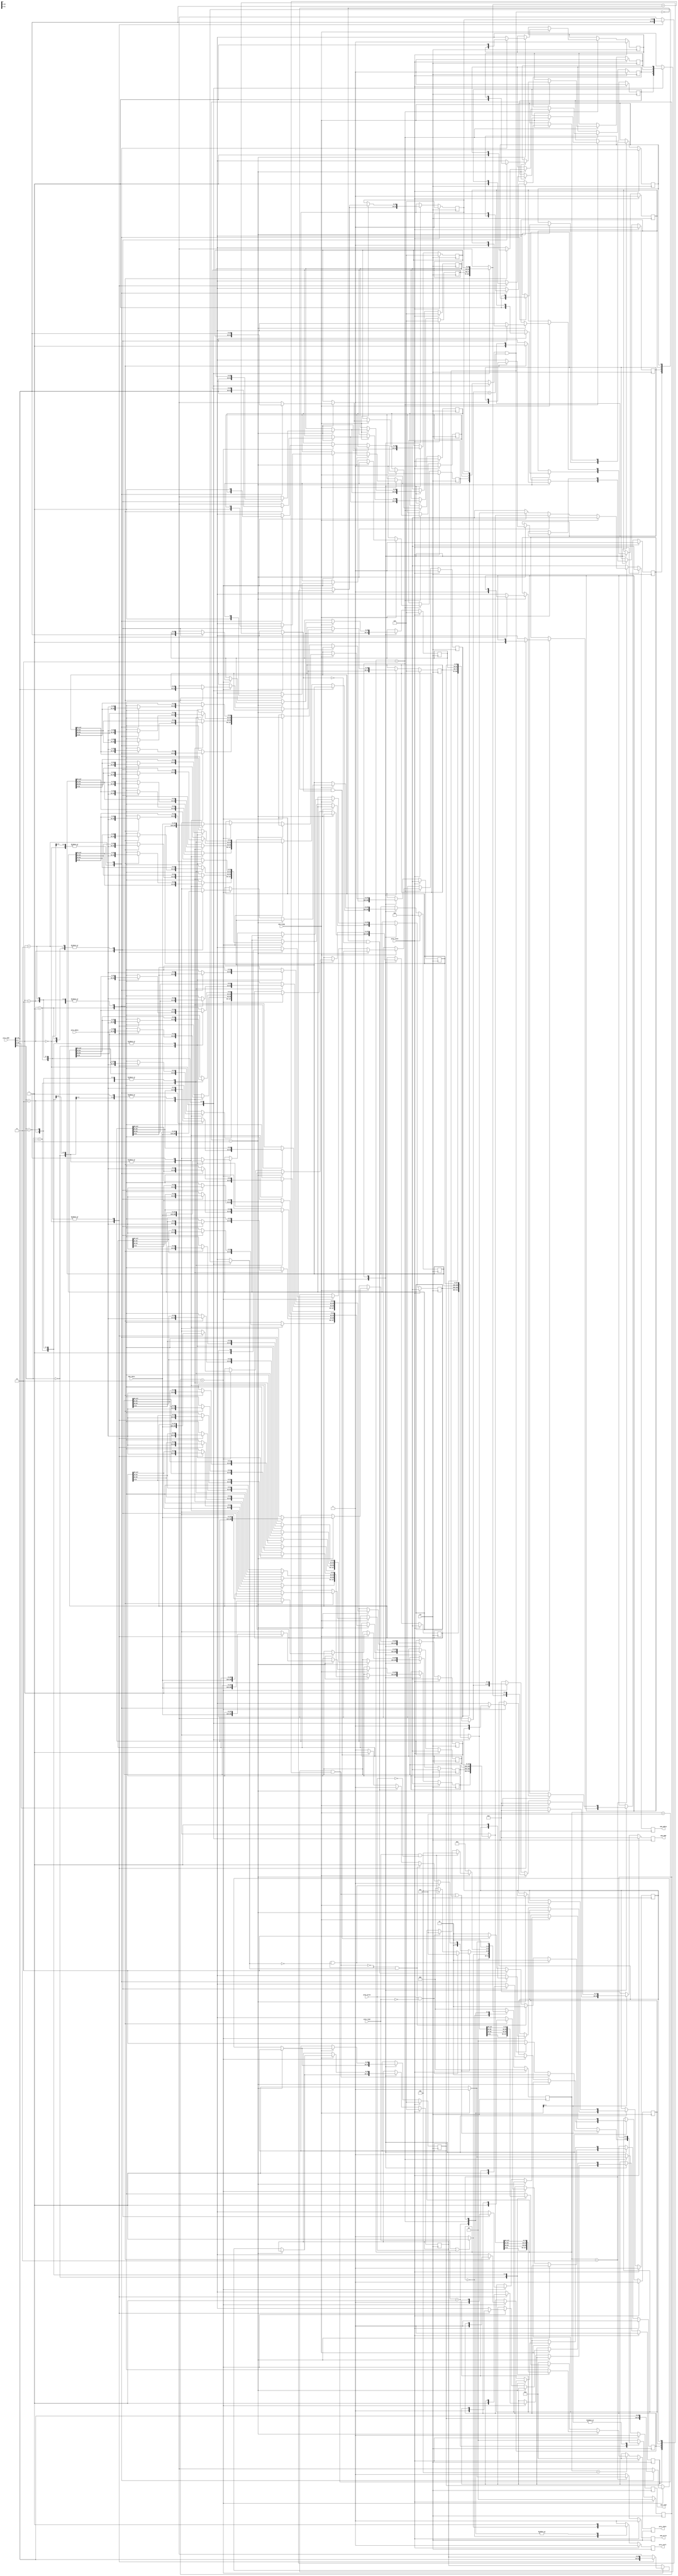
module cache(
    clk,
    proc_reset,
    proc_read,
    proc_write,
    proc_addr,
    proc_rdata,
    proc_wdata,
    proc_stall,
    mem_read,
    mem_write,
    mem_addr,
    mem_rdata,
    mem_wdata,
    mem_ready
);
    
//==== input/output definition ============================
    input          clk;
    // processor interface
    input          proc_reset;
    input          proc_read, proc_write;
    input   [29:0] proc_addr;
    input   [31:0] proc_wdata;
    output         proc_stall;
    output  [31:0] proc_rdata;
    // memory interface
    input  [127:0] mem_rdata;
    input          mem_ready;
    output         mem_read, mem_write;
    output  [27:0] mem_addr;
    output [127:0] mem_wdata;

//==== parameters =========================================

    parameter WORDLEN = 32;
    parameter BLOCKNUM = 4;
    parameter TAGLEN = 26;

    parameter NONE = 2'd0;
    parameter ONE = 2'd1;
    parameter TWO = 2'd2;

    parameter IDLE = 3'd0;
    parameter COMPARE = 3'd1;
    parameter ALLOCATE = 3'd2;
    parameter WRITEBACK = 3'd3;
    parameter READ = 3'd4;
    parameter WRITE = 3'd5;
    
//==== wire/reg definition ================================
    
    /// internal FF
    // state
    reg     [2:0]   state, state_nxt;
    reg     [1:0]   set, set_nxt;
    // cache 1
    reg     [WORDLEN*4-1:0] cch1        [0:BLOCKNUM-1];
    reg     [WORDLEN*4-1:0] cch1_nxt    [0:BLOCKNUM-1];
    reg     [TAGLEN-1:0]    tag1        [0:BLOCKNUM-1];
    reg     [TAGLEN-1:0]    tag1_nxt    [0:BLOCKNUM-1];
    reg     valid1      [0:BLOCKNUM-1];
    reg     valid1_nxt  [0:BLOCKNUM-1];
    reg     dirty1      [0:BLOCKNUM-1];
    reg     dirty1_nxt  [0:BLOCKNUM-1];
    // cache 1
    reg     [WORDLEN*4-1:0] cch2        [0:BLOCKNUM-1];
    reg     [WORDLEN*4-1:0] cch2_nxt    [0:BLOCKNUM-1];
    reg     [TAGLEN-1:0]    tag2        [0:BLOCKNUM-1];
    reg     [TAGLEN-1:0]    tag2_nxt    [0:BLOCKNUM-1];
    reg     valid2      [0:BLOCKNUM-1];
    reg     valid2_nxt  [0:BLOCKNUM-1];
    reg     dirty2      [0:BLOCKNUM-1];
    reg     dirty2_nxt  [0:BLOCKNUM-1];

    /// output FF
    reg     proc_stall, proc_stall_nxt;
    reg     [31:0]  proc_rdata, proc_rdata_nxt;
    reg     mem_read, mem_read_nxt;
    reg     mem_write, mem_write_nxt;
    reg     [27:0]  mem_addr, mem_addr_nxt;
    reg     [127:0] mem_wdata, mem_wdata_nxt;

    wire    [1:0]   block_now;
    wire    [25:0]  tag_now;
    wire    [1:0]   word_idx;
    wire    hit1;
    wire    hit2;
    wire    miss1_clean;
    wire    miss1_dirty;
    wire    miss2_clean;
    wire    miss2_dirty;
    wire    hit;
    wire    miss;

    integer i;

//==== combinational circuit ==============================

assign block_now = proc_addr[3:2];
assign tag_now = proc_addr[29:4];
assign word_idx = proc_addr[1:0];

assign hit1 = (valid1[block_now]) && (tag1[block_now] == tag_now);
assign hit2 = (valid2[block_now]) && (tag2[block_now] == tag_now);
assign miss1_clean = ~hit1 && ~dirty1[block_now];
assign miss2_clean = ~hit2 && ~dirty2[block_now];
assign miss1_dirty = ~hit1 && dirty1[block_now];
assign miss2_dirty = ~hit2 && dirty2[block_now];
assign hit = hit1 || hit2;
assign miss = ~hit;

always @(*) begin // FSM
    state_nxt = state;
    set_nxt = NONE;
    proc_stall_nxt = 0;
    case (state)
        IDLE: begin
            //$display("idle");
            if (proc_read || proc_write) begin
                state_nxt = COMPARE;
                proc_stall_nxt = 1;
                set_nxt = NONE;
            end
            else begin
                state_nxt = IDLE;
                proc_stall_nxt = 0;
                set_nxt = NONE;
            end
        end 
        COMPARE: begin
            //$display("compare");
            proc_stall_nxt = 1;
            if (hit) begin
                if (proc_write && ~proc_read) begin
                    state_nxt = WRITE;
                end
                else if (proc_read && ~proc_write) begin
                    state_nxt = READ;
                end
                else state_nxt = IDLE;

                if (hit1) begin
                    set_nxt = ONE;
                end
                else if (hit2) begin
                    set_nxt = TWO;
                end
                else set_nxt = NONE;
            end
            else begin
                if (miss1_clean) begin
                    state_nxt = ALLOCATE;
                    set_nxt = ONE;
                end
                else if (miss1_dirty) begin
                    state_nxt = WRITEBACK;
                    set_nxt = ONE;
                end
                else if (miss2_clean) begin
                    state_nxt = ALLOCATE;
                    set_nxt = TWO;
                end
                else if (miss2_dirty) begin
                    state_nxt = WRITEBACK;
                    set_nxt = TWO;
                end
                else begin
                    state_nxt = ALLOCATE;
                    set_nxt = ONE;
                end
            end
        end
        READ: begin
            //$display("read");
            state_nxt = IDLE;
            proc_stall_nxt = 0;
            set_nxt = NONE;
        end
        WRITE: begin
            //$display("write");
            state_nxt = IDLE;
            proc_stall_nxt = 0;
            set_nxt = NONE;
        end
        ALLOCATE: begin
            //$display("allocate");
            proc_stall_nxt = 1;
            set_nxt = set;
            if (mem_ready) begin
                if(proc_read && ~proc_write) begin
                    state_nxt = READ;
                end
                else if (proc_write && ~proc_read) begin
                    state_nxt = WRITE;
                end
            end
            else begin
                state_nxt = ALLOCATE;
            end
        end
        WRITEBACK: begin
            //$display("writeback");
            proc_stall_nxt = 1;
            set_nxt = set;
            if (mem_ready) begin
                state_nxt = ALLOCATE;
            end
            else begin
                state_nxt = WRITEBACK;
            end
        end
        default: begin
            state_nxt = IDLE;
            proc_stall_nxt = 0;
            set_nxt = NONE;
        end
    endcase
end

always @(*) begin
    // initial value
    for(i=0;i<BLOCKNUM;i=i+1)begin
        cch1_nxt[i] = cch1[i];
        valid1_nxt[i] = valid1[i];
        tag1_nxt[i] = tag1[i];
        dirty1_nxt[i] = dirty1[i];
        cch2_nxt[i] = cch2[i];
        valid2_nxt[i] = valid2[i];
        tag2_nxt[i] = tag2[i];
        dirty2_nxt[i] = dirty2[i];
    end
    // proc_stall_nxt = 0;
    proc_rdata_nxt = 0;
    mem_read_nxt = 0;
    mem_write_nxt = 0;
    mem_addr_nxt = 0;
    mem_wdata_nxt = 0;

    case (state)
        READ: begin
            if (set == ONE) begin
                case (word_idx)
                    0: proc_rdata_nxt = cch1[block_now][31:0];
                    1: proc_rdata_nxt = cch1[block_now][63:32];
                    2: proc_rdata_nxt = cch1[block_now][95:64];
                    3: proc_rdata_nxt = cch1[block_now][127:96];
                    default: proc_rdata_nxt = 0; 
                endcase
            end
            else if (set == TWO) begin
                case (word_idx)
                    0: proc_rdata_nxt = cch2[block_now][31:0];
                    1: proc_rdata_nxt = cch2[block_now][63:32];
                    2: proc_rdata_nxt = cch2[block_now][95:64];
                    3: proc_rdata_nxt = cch2[block_now][127:96];
                    default: proc_rdata_nxt = 0; 
                endcase
            end
        end 
        WRITE: begin
            if (set == ONE) begin
                case (word_idx)
                    0: cch1_nxt[block_now][31:0] = proc_wdata;
                    1: cch1_nxt[block_now][63:32] = proc_wdata;
                    2: cch1_nxt[block_now][95:64] = proc_wdata;
                    3: cch1_nxt[block_now][127:96] = proc_wdata;
                    default: cch1_nxt[block_now] = cch1[block_now];
                endcase
                tag1_nxt[block_now] = tag_now;
                dirty1_nxt[block_now] = 1;
            end
            else if (set == TWO) begin
                case (word_idx)
                    0: cch2_nxt[block_now][31:0] = proc_wdata;
                    1: cch2_nxt[block_now][63:32] = proc_wdata;
                    2: cch2_nxt[block_now][95:64] = proc_wdata;
                    3: cch2_nxt[block_now][127:96] = proc_wdata;
                    default: cch2_nxt[block_now] = cch2[block_now];
                endcase
                tag2_nxt[block_now] = tag_now;
                dirty2_nxt[block_now] = 1;
            end
        end
        ALLOCATE: begin
            if (~mem_ready) begin
                mem_read_nxt = 1;
                mem_write_nxt = 0;
                mem_wdata_nxt = 0;
                mem_addr_nxt = proc_addr[29:2];
            end
            else begin
                if (set == ONE) begin
                    tag1_nxt[block_now] = tag_now;
                    valid1_nxt[block_now] = 1;
                    dirty1_nxt[block_now] = 0;
                    cch1_nxt[block_now] = mem_rdata;
                end
                else if (set == TWO) begin
                    tag2_nxt[block_now] = tag_now;
                    valid2_nxt[block_now] = 1;
                    dirty2_nxt[block_now] = 0;
                    cch2_nxt[block_now] = mem_rdata;
                end
            end
        end
        WRITEBACK: begin
            if (~mem_ready) begin
                mem_write_nxt = 1;
                if (set == ONE) begin
                    mem_wdata_nxt = cch1[block_now];
                    mem_addr_nxt = {tag1[block_now],block_now};
                end
                else if (set == TWO) begin
                    mem_wdata_nxt = cch2[block_now];
                    mem_addr_nxt = {tag2[block_now],block_now};
                end
            end
        end
        default: begin
            // initial value
            for(i=0;i<BLOCKNUM;i=i+1)
                cch1_nxt[i] = cch1[i];
                valid1_nxt[i] = valid1[i];
                tag1_nxt[i] = tag1[i];
                dirty1_nxt[i] = dirty1[i];
                cch2_nxt[i] = cch2[i];
                valid2_nxt[i] = valid2[i];
                tag2_nxt[i] = tag2[i];
                dirty2_nxt[i] = dirty2[i];
            // proc_stall_nxt = 0;
            proc_rdata_nxt = 0;
            mem_read_nxt = 0;
            mem_write_nxt = 0;
            mem_addr_nxt = 0;
            mem_wdata_nxt = 0;
        end
    endcase
end

//==== sequential circuit =================================
always@( posedge clk ) begin
    if( proc_reset ) begin
        state <= IDLE;
        set <= NONE;
        for (i = 0; i<BLOCKNUM; i=i+1) begin
            cch1[i]      <= 0;
            tag1[i]      <= 0;
            valid1[i]    <= 0;
            dirty1[i]    <= 0;
            cch2[i]      <= 0;
            tag2[i]      <= 0;
            valid2[i]    <= 0;
            dirty2[i]    <= 0;
        end
        proc_stall      <= 0;
        proc_rdata      <= 0;
        mem_read        <= 0;
        mem_write       <= 0;
        mem_addr        <= 0;
        mem_wdata       <= 0;
    end
    else begin
        state <= state_nxt;
        set <= set_nxt;
        for (i = 0; i<BLOCKNUM; i=i+1) begin
            cch1[i]      <= cch1_nxt[i];
            tag1[i]      <= tag1_nxt[i];
            valid1[i]    <= valid1_nxt[i];
            dirty1[i]    <= dirty1_nxt[i];
            cch2[i]      <= cch2_nxt[i];
            tag2[i]      <= tag2_nxt[i];
            valid2[i]    <= valid2_nxt[i];
            dirty2[i]    <= dirty2_nxt[i];
        end
        proc_stall      <= proc_stall_nxt;
        proc_rdata      <= proc_rdata_nxt;
        mem_read        <= mem_read_nxt;
        mem_write       <= mem_write_nxt;
        mem_addr        <= mem_addr_nxt;
        mem_wdata       <= mem_wdata_nxt;
    end
end

endmodule